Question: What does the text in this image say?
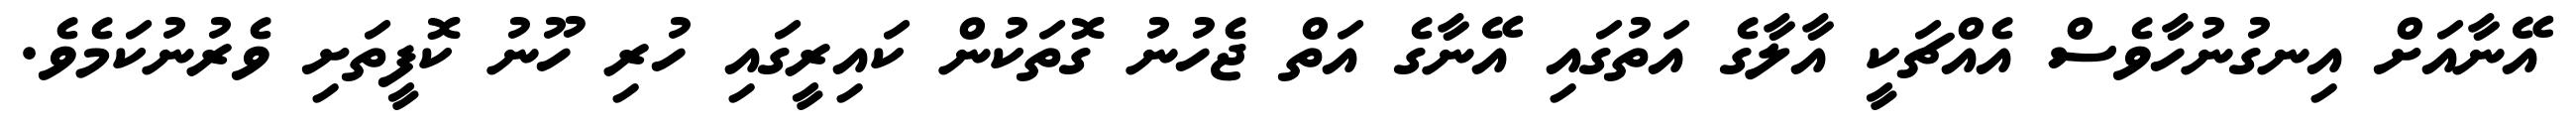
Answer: އޭނާއަށް އިނގުނުހާވެސް އެއްޗަކީ އާލާގެ އަތުގައި އޭނާގެ އަތް ޖެހުނު ގޮތަކުން ކައިރީގައި ހުރި ހޫނު ކޮފީތަށި ވެރުނުކަމެވެ.